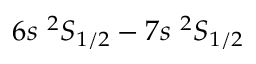
6 s ~ ^ { 2 } S _ { 1 / 2 } - 7 s ~ ^ { 2 } S _ { 1 / 2 }